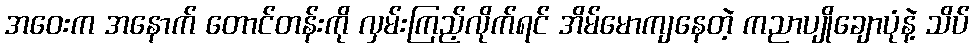
အဝေးက အနောက် တောင်တန်းကို လှမ်းကြည့်လိုက်ရင် အိမ်မောကျနေတဲ့ ကညာပျိုချောပုံနဲ့ သိပ်